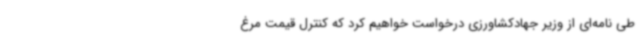
طی نامه‌ای از وزیر جهادکشاورزی درخواست خواهیم کرد که کنترل قیمت مرغ